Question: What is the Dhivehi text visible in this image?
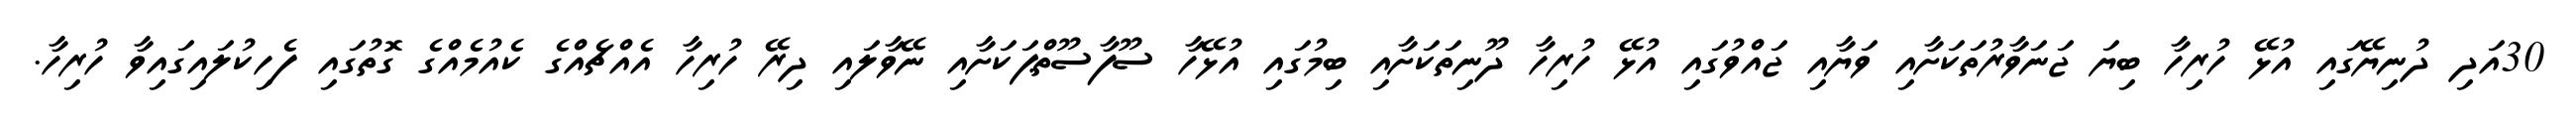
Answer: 30އަދި ދުނިޔޭގައި އުޅޭ ހުރިހާ ބިޔަ ޖަނަވާރުތަކަށާއި ވަޔާއި ޖައްވުގައި އުޅޭ ހުރިހާ ދޫނިތަކަށާއި ބިމުގައި އުޅޭހާ ސޫފާސޫތްޕަކަށާއި ނޭވާލައި ދިރޭ ހުރިހާ އެއްޗެއްގެ ކެއުމެއްގެ ގޮތުގައި ފެހިކުލައިގައިވާ ހުރިހާ.